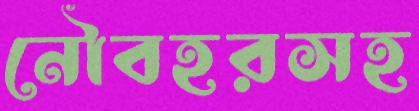
নৌবহরসহ